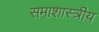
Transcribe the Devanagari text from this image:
समाशास्त्रीय